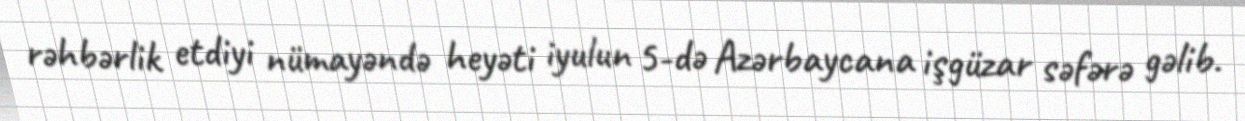
rəhbərlik etdiyi nümayəndə heyəti iyulun 5-də Azərbaycana işgüzar səfərə gəlib.